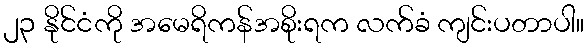
၂၃ နိုင်ငံကို အမေရိကန်အစိုးရက လက်ခံ ကျင်းပတာပါ။